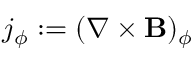
j _ { \phi } : = ( \nabla \times \mathbf B ) _ { \phi }